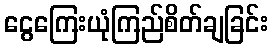
ငွေကြေးယုံကြည်စိတ်ချခြင်း